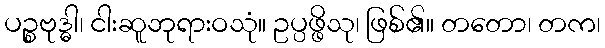
ပဉ္စဗုဒ္ဓါ၊ ငါးဆူဘုရားဝသုံ။ ဥပ္ပဖ္ဖိသု၊ ဖြစ်၏။ တတော၊ တက၊